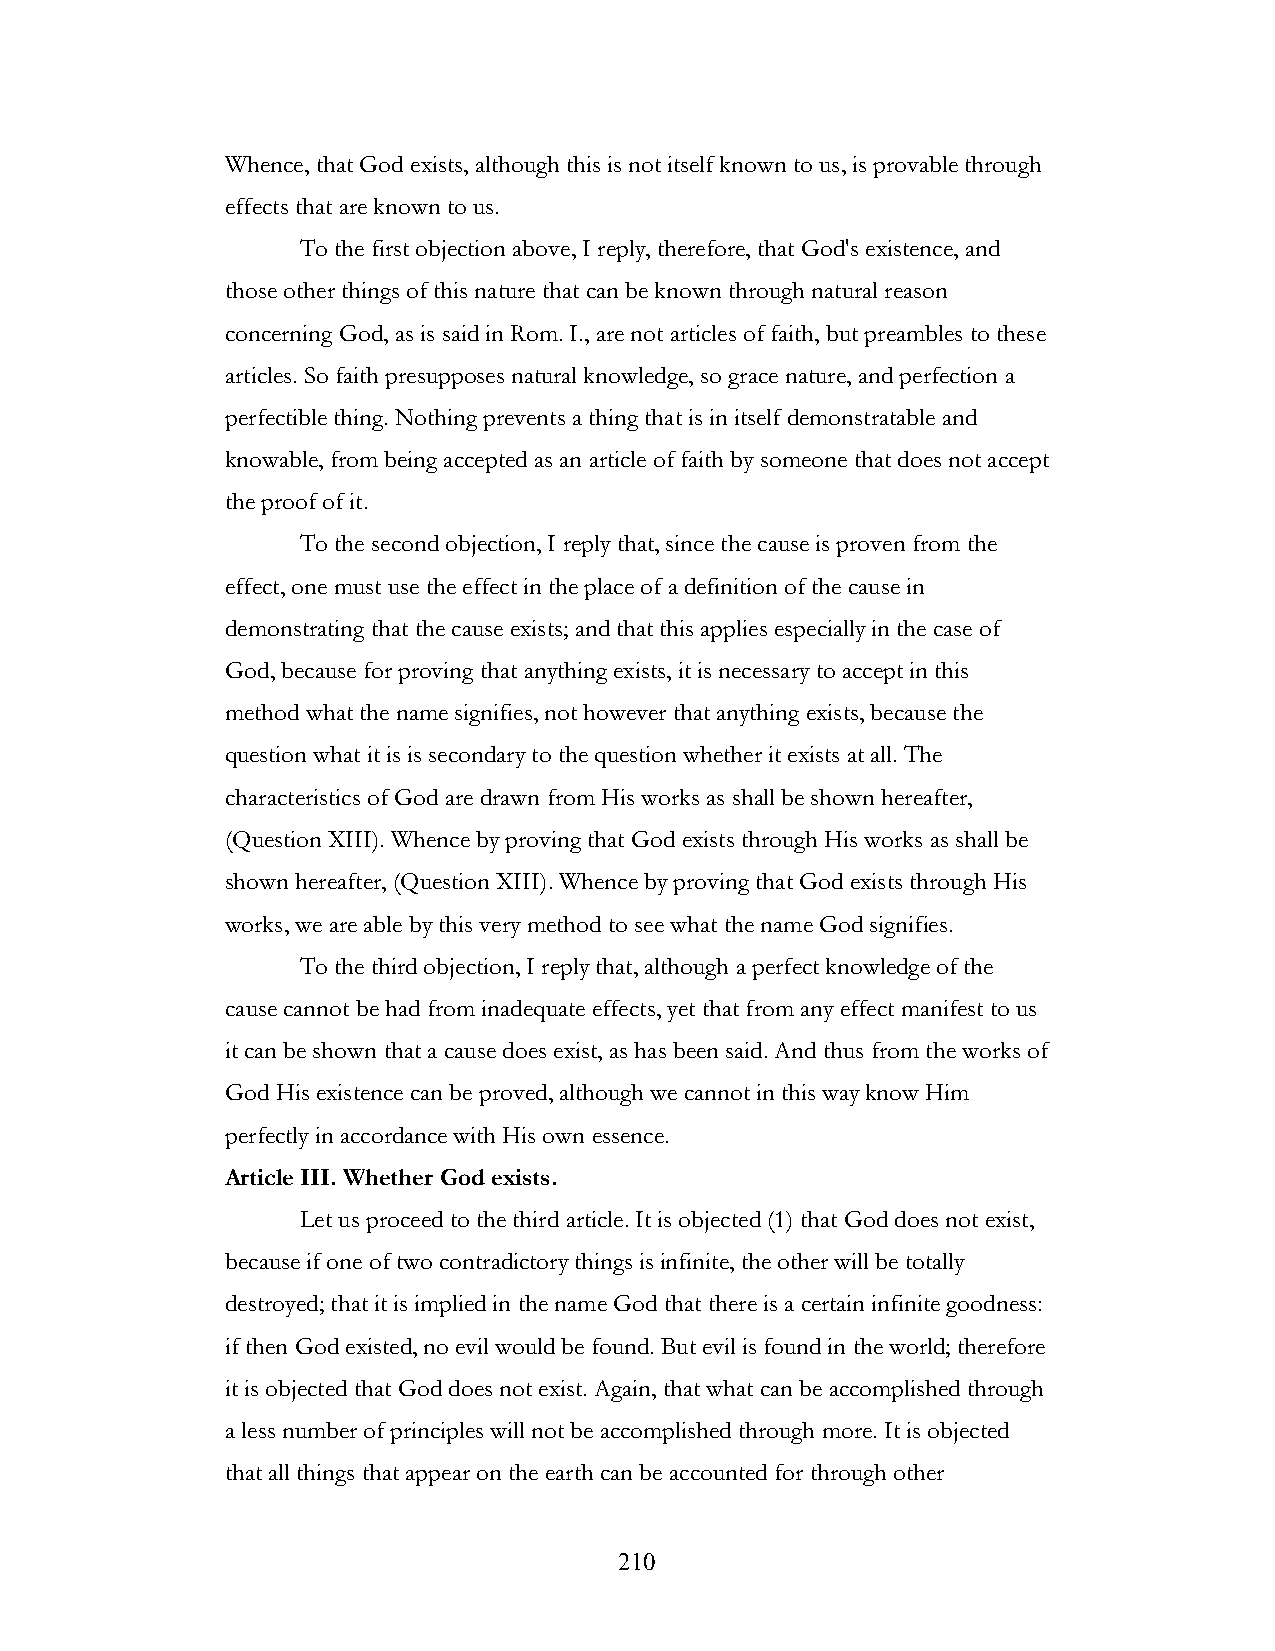
Whence, that God exists, although this is not itself known to us, is provable through
 effects that are known to us.
 To the first objection above, I reply, therefore, that God's existence, and
 those other things of this nature that can be known through natural reason
 concerning God, as is said in Rom. I., are not articles of faith, but preambles to these
 articles. So faith presupposes natural knowledge, so grace nature, and perfection a
 perfectible thing. Nothing prevents a thing that is in itself demonstratable and
 knowable, from being accepted as an article of faith by someone that does not accept
 the proof of it.
 To the second objection, I reply that, since the cause is proven from the
 effect, one must use the effect in the place of a definition of the cause in
 demonstrating that the cause exists; and that this applies especially in the case of
 God, because for proving that anything exists, it is necessary to accept in this
 method what the name signifies, not however that anything exists, because the
 question what it is is secondary to the question whether it exists at all. The
 characteristics of God are drawn from His works as shall be shown hereafter,
 (Question XIII). Whence by proving that God exists through His works as shall be
 shown hereafter, (Question XIII). Whence by proving that God exists through His
 works, we are able by this very method to see what the name God signifies.
 To the third objection, I reply that, although a perfect knowledge of the
 cause cannot be had from inadequate effects, yet that from any effect manifest to us
 it can be shown that a cause does exist, as has been said. And thus from the works of
 God His existence can be proved, although we cannot in this way know Him
 perfectly in accordance with His own essence.
 Article III. Whether God exists.
 Let us proceed to the third article. It is objected (1) that God does not exist,
 because if one of two contradictory things is infinite, the other will be totally
 destroyed; that it is implied in the name God that there is a certain infinite goodness:
 if then God existed, no evil would be found. But evil is found in the world; therefore
 it is objected that God does not exist. Again, that what can be accomplished through
 a less number of principles will not be accomplished through more. It is objected
 that all things that appear on the earth can be accounted for through other
 !                         210